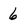
Character: 6